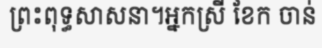
ព្រះពុទ្ធសាសនា។អ្នកស្រី ខែក ចាន់